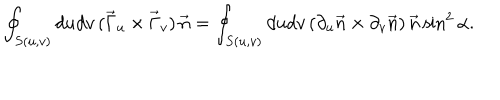
LaTeX: \oint _ { S ( u , v ) } d u d v \, ( \vec { \Gamma } _ { u } \times \vec { \Gamma } _ { v } ) \, \vec { n } = \oint _ { S ( u , v ) } d u d v \, ( \partial _ { u } \vec { n } \times \partial _ { v } \vec { n } ) \, \vec { n } \sin ^ { 2 } \alpha .